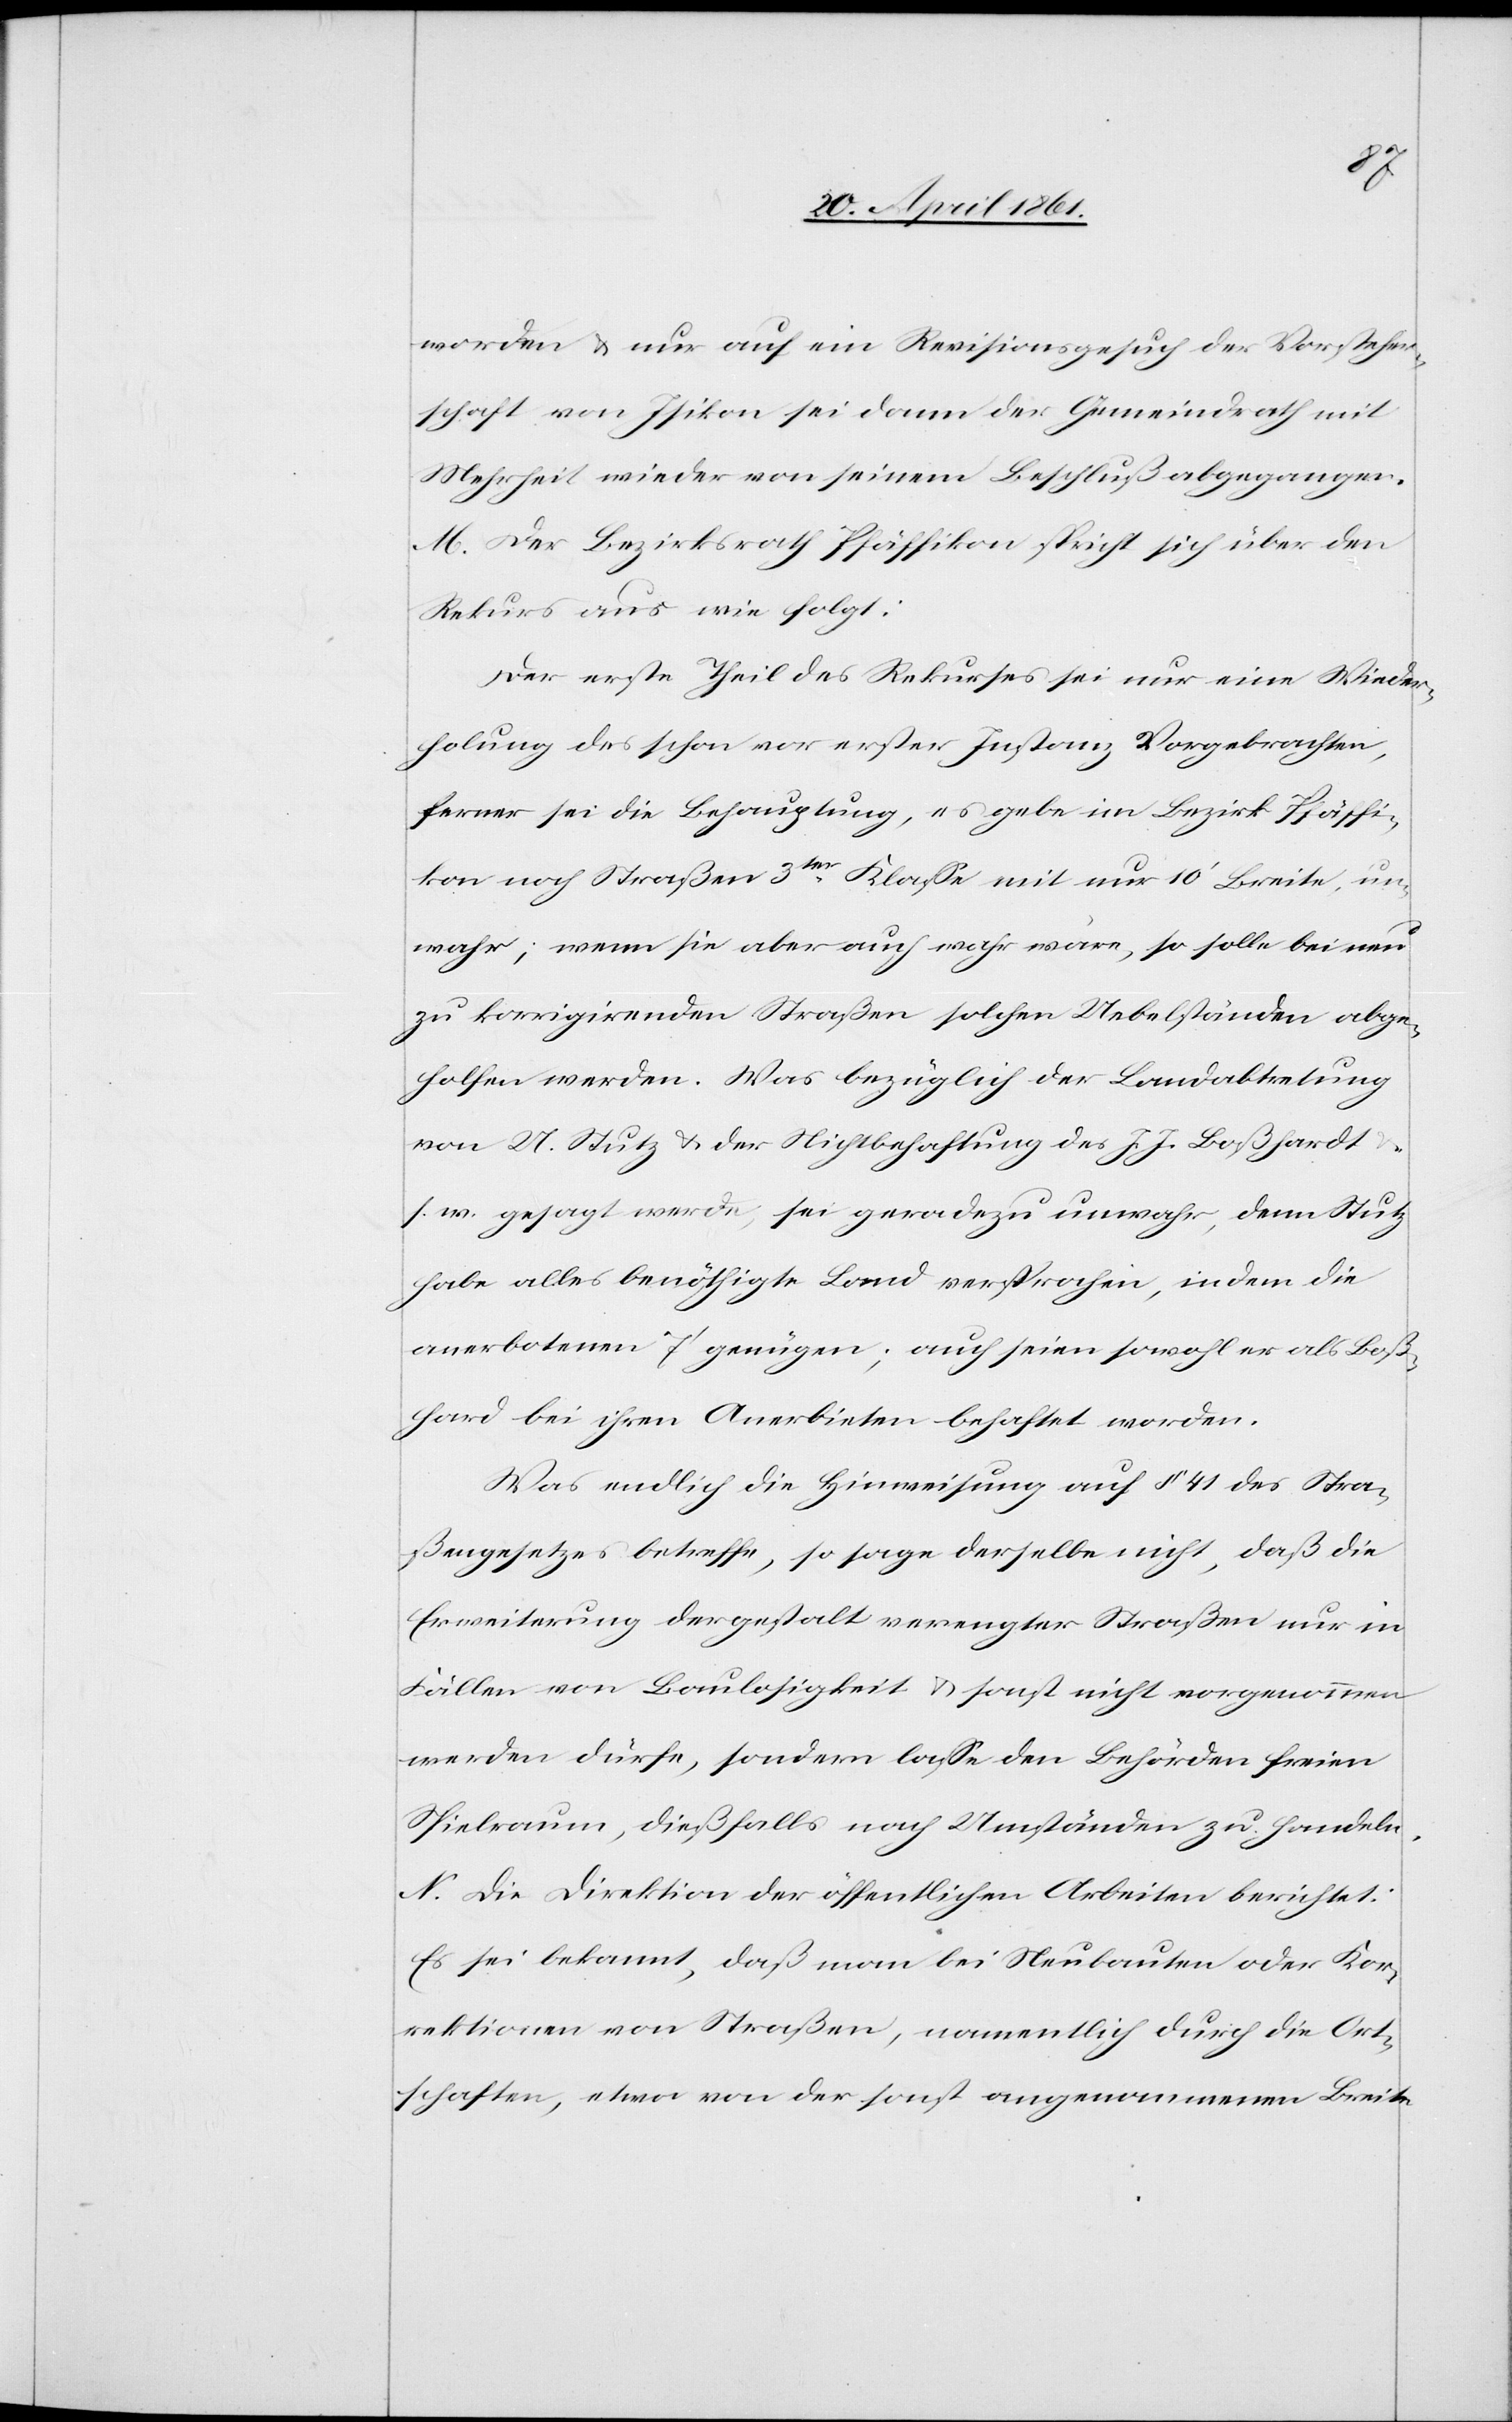
worden u. nur auf ein Revisionsgesuch der Vorsteher¬
schaft von Isikon sei dann der Gemeindrath mit
Mehrheit wieder von seinem Beschluß abgegangen.
M. Der Bezirksrath Pfäffikon spricht sich über den
Rekurs aus wie folgt:
Der erste Theil des Rekurses sei nur eine Wieder¬
holung des schon vor erster Instanz Vorgebrachten,
ferner sei die Behauptung, es gebe im Bezirk Pfäffi¬
kon noch Straßen 3ter Klasse mit nur 10’ Breite, un¬
wahr; wenn sie aber auch wahr wäre, so solle bei neu
zu korrigirenden Straßen solchen Uebelständen abge¬
holfen werden. Was bezüglich der Landabtretung
von 21 Stutz u. der Nichtbehaftung des J. J. Boßhardt
s. w. gesagt werde, sei geradezu unwahr, denn Stutz
habe alles benöthigte Land versprochen, indem die
anerbotenen 7’ genügen; auch seien sowohl er als Boß¬
hard[t] bei ihren Anerbieten behaftet worden.
Was endlich die Hinweisung auf § 41 des Stra¬
ßengesetzes betreffe, so sage derselbe nicht, daß die
Erweiterung dergestalt verengter Straßen nur in
Fällen von Baulosigkeit u. sonst nicht vorgenommen
werden dürfe, sondern lasse den Behörden freien
Spielraum, dießfalls nach Umständen zu handeln.
N. Die Direktion der öffentlichen Arbeiten berichtet:
Es sei bekannt, daß man bei Neubauten oder Kor¬
rektionen von Straßen, namentlich durch die Ort¬
schaften, etwa von der sonst angenommenen Breite